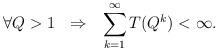
LaTeX: \begin{align*} \forall Q > 1 \ \ \Rightarrow \ \ \sum_{k=1}^{\infty} T(Q^k) <\infty.\end{align*}